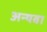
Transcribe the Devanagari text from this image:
अन्यवा